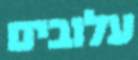
עלובים